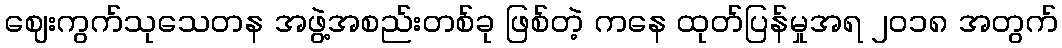
ဈေးကွက်သုသေတန အဖွဲ့အစည်းတစ်ခု ဖြစ်တဲ့ ကနေ ထုတ်ပြန်မှုအရ ၂၀၁၈ အတွက်